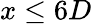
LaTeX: x\leq 6D